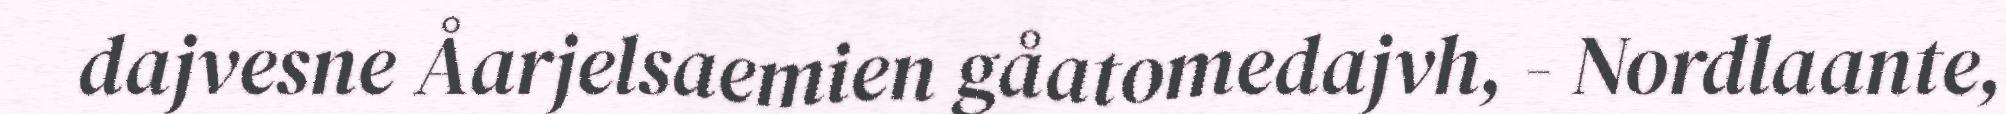
dajvesne Åarjelsaemien gåatomedajvh, - Nordlaante,